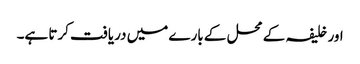
اور خلیفہ کے محل کے بارے میں دریافت کرتا ہے۔